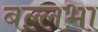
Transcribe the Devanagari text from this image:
बल्लभा